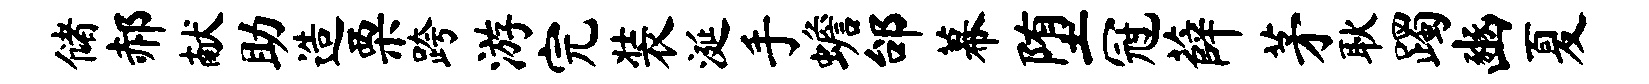
储郝献助造栗跨游完装涎手蟾邰幕堕冠薛茅耿躅豳夏